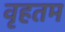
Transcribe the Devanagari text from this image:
वृहतम